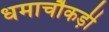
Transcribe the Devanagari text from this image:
धमाचौकड़ी